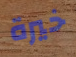
خيرة